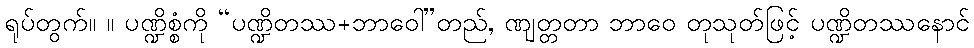
ရုပ်တွက်။ ။ ပဏ္ဍိစ္စံကို “ပဏ္ဍိတဿ+ဘာဝေါ”တည်, ဏျတ္တတာ ဘာဝေ တုသုတ်ဖြင့် ပဏ္ဍိတဿနောင်